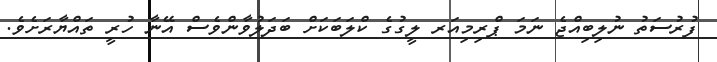
ފުރުސަތު ނުލިބިއްޖެ ނަމަ ޕްރިމިއަރ ލީގުގެ ކްލަބަކަށް ބަދަލުވާންވެސް އޭނާ ހުރީ ތައްޔާރަށެވެ.